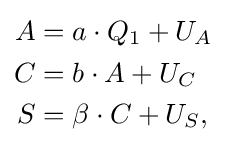
{\begin{aligned}A&=a\cdot Q_{1}+U_{A}\\C&=b\cdot A+U_{C}\\S&=\beta \cdot C+U_{S},\end{aligned}}